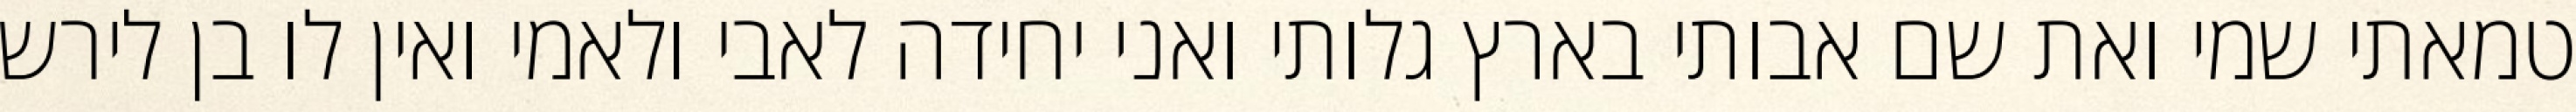
טמאתי שמי ואת שם אבותי בארץ גלותי ואני יחידה לאבי ולאמי ואין לו בן לירש